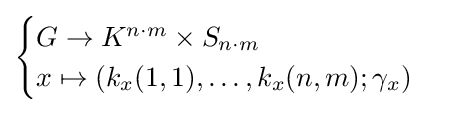
{\begin{cases}G\to K^{n\cdot m}\times S_{n\cdot m}\\x\mapsto (k_{x}(1,1),\ldots ,k_{x}(n,m);\gamma _{x})\end{cases}}